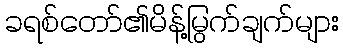
ခရစ်တော်၏မိန့်မြွက်ချက်များ